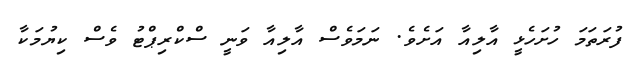
ފުރަތަމަ ހުށަހެޅީ އާލިއާ އަށެވެ. ނަމަވެސް އާލިއާ ވަނީ ސްކްރިޕްޓު ވެސް ކިޔުމަކާ